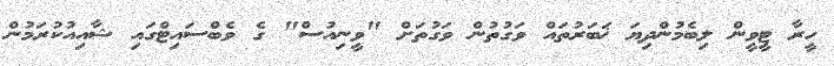
ހީރާ ޓީވީން ލިބެމުންދިޔަ ޚަބަރުތައް ވަގުތުން ވަގުތަށް "ވީނިއުސް" ގެ ވެބްސައިޓްގައި ޝާއިއުކުރަމުން